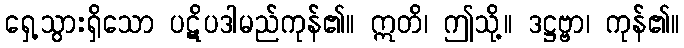
ရှေ့သွားရှိသော ပဋိပဒါမည်ကုန်၏။ ဣတိ၊ ဤသို့။ ဒဋ္ဌဗ္ဗာ၊ ကုန်၏။